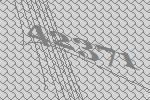
42371